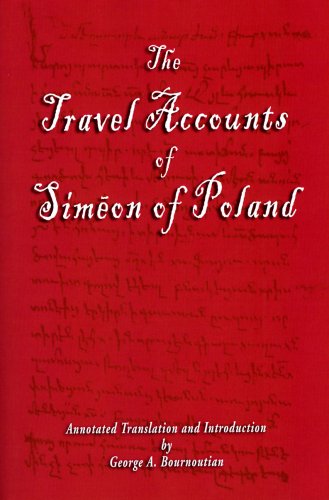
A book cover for The Travel Accounts of Simeon of Poland (Armenian Studies Series); Travel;